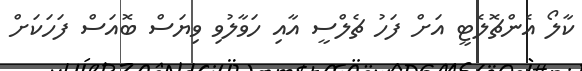
ކާލޯ އެންޗޮލެޓީ އަށް ފަހު ޗެލްސީ އާއި ހަވާލުވި ވިޔަސް ބޮއަސް ފަހަކަށް